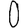
Digit: 0